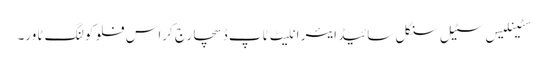
سٹینلیس سٹیل سنگل سائیڈ ایئر انلیٹ ٹاپ ڈسچارج کراس فلو کولنگ ٹاور۔